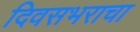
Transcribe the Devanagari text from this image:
दिवसभराचा